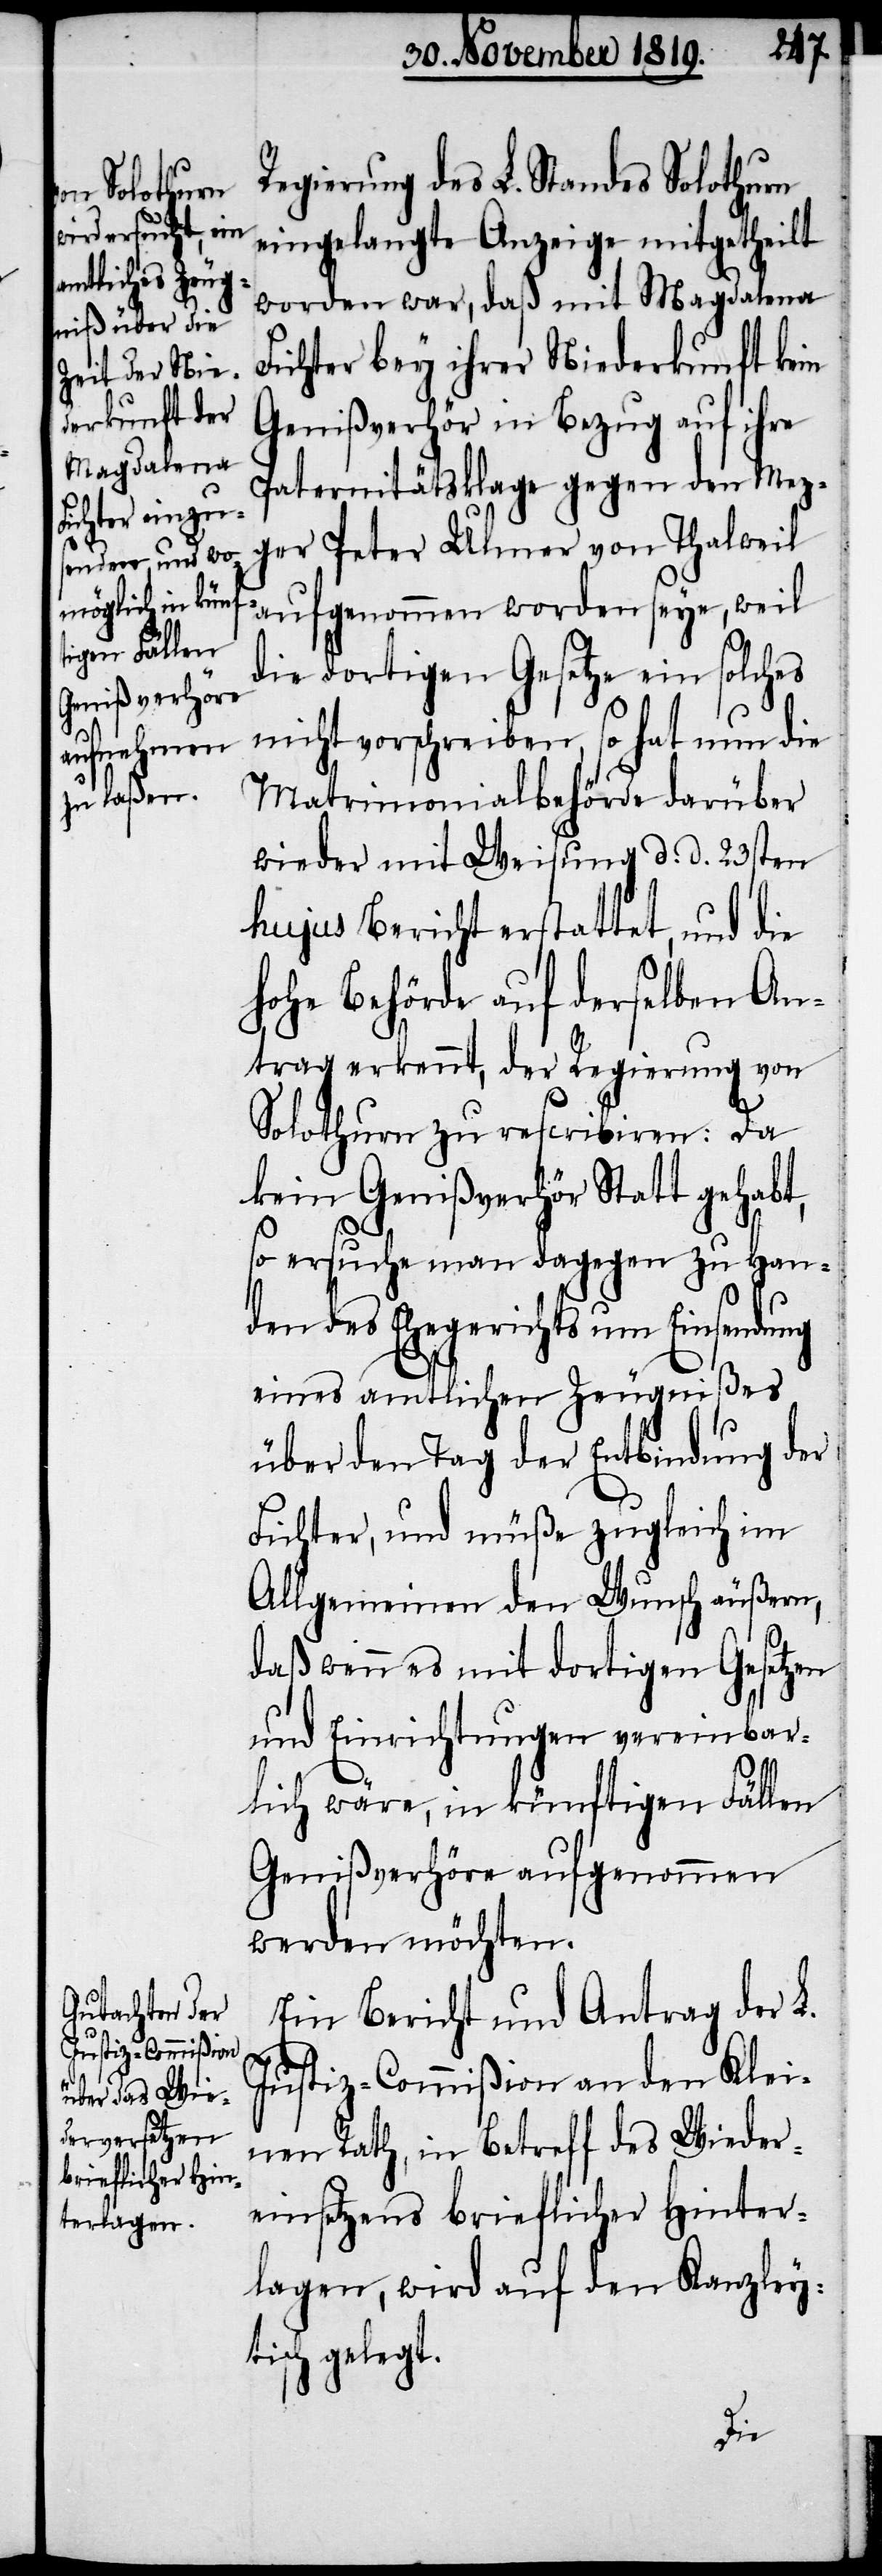
Regierung des L. Standes Solothurn
eingelangte Anzeige mitgetheilt
worden war, daß mit Magdalena
Fichter bey ihrer Niederkunft kein
Genißverhör in Bezug auf ihre
Paternitätsklage gegen den Mez¬
ger Peter Ulmer von Thalweil
aufgenommen worden seye, weil
die dortigen Gesetze ein solches
nicht vorschreiben, so hat nun die
Matrimonialbehörde darüber
wieder mit Weisung d. d. 23sten
hujus Bericht erstattet, und die
hohe Behörde auf denselben An¬
trag erkennt, der Regierung von
Solothurn zu rescribiren: Da
kein Genißverhör Statt gehabt,
so ersuche man dagegen zu Han¬
den des Ehegerichts um Einsendung
eines amtlichen Zeugnißes
über den Tag der Entbindung der
Fichter, und müße zugleich im
Allgemeinen den Wunsch äußern,
daß wenn es mit dortigen Gesetzen
und Einrichtungen vereinbar¬
lich wäre, in künftigen Fällen
Genißverhöre aufgenommen
werden möchten.
Ein Bericht und Antrag der L.
Justiz-Commißion an den Klei¬
nen Rath, in Betreff des Wieder¬
einsetzens brieflicher Hinter¬
lagen, wird auf den Kanzley¬
tisch gelegt.